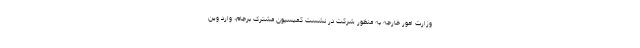
وزارت امور خارجه به منظور شرکت در نشست کمیسیون مشترک برجام، وارد وین